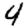
Digit: 4